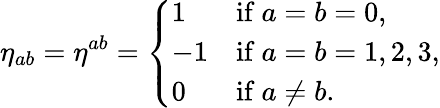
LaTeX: \eta_{ab}=\eta^{ab}={\left\{ \begin{array}{ll}{1}&{{\mathrm{if~}}a=b=0,}\\ {-1}&{{\mathrm{if~}}a=b=1,2,3,}\\ {0}&{{\mathrm{if~}}a\neq b.}\end{array}\right.}